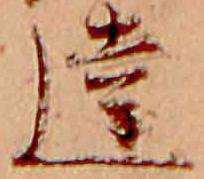
達